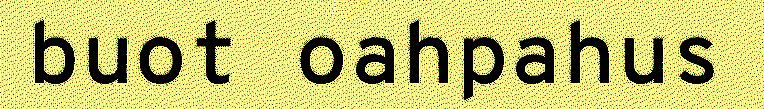
buot oahpahus